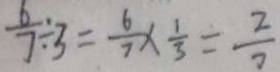
\frac { 6 } { 7 } \div 3 = \frac { 6 } { 7 } \times \frac { 1 } { 3 } = \frac { 2 } { 7 }